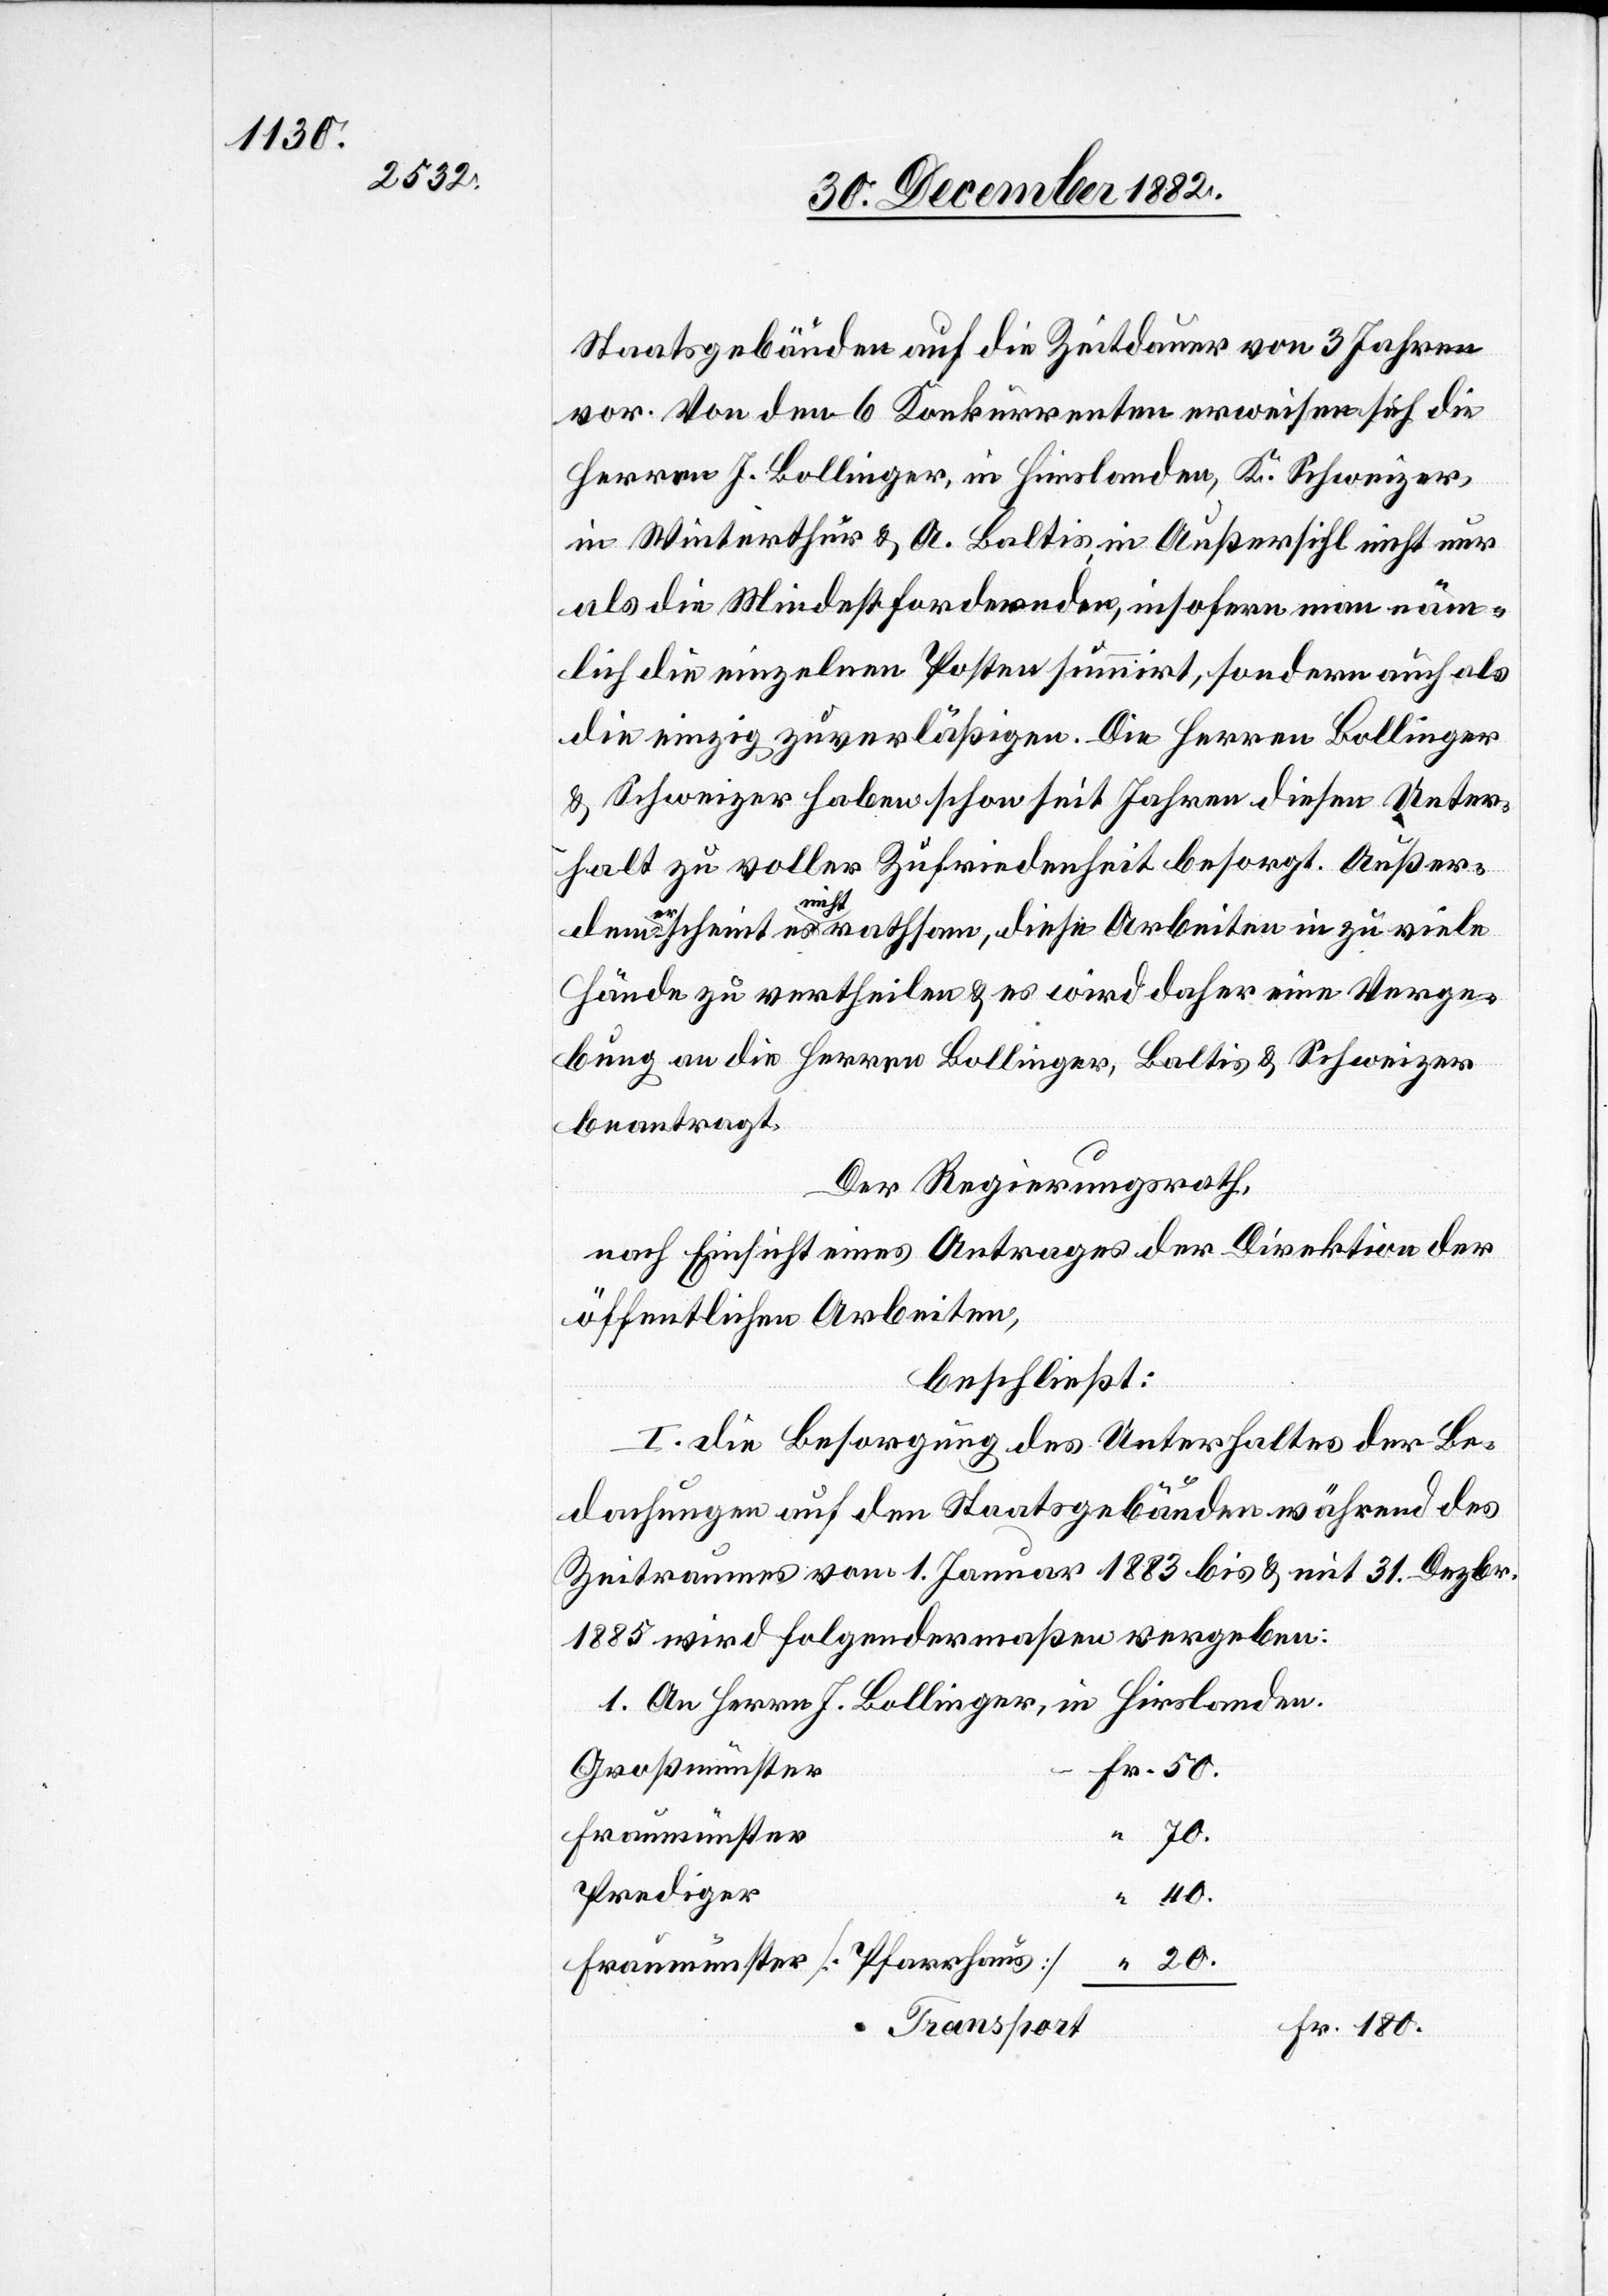
180.

Staatsgebäuden auf die Zeitdauer von 3 Jahren
vor. Von den 6 Konkurrenten erweisen sich die
Herren J. Bollinger, in Hirslanden, K. Schweizer,
in Winterthur & A. Baltis, in Außersihl nicht nur
als die Mindestfordernden, insofern man näm¬
lich die einzelnen Posten summirt, sondern auch als
die einzig zuverläßigen. Die Herren Bollinger
& Schweizer haben schon seit Jahren diesen Unter¬
halt zu voller Zufriedenheit besorgt. Außer¬
erscheint es nicht rathsam, diese Arbeiten in zu viele
Hände zu vertheilen & es wird daher eine Verge¬
bung an die Herren Bollinger, Baltis & Schweizer
beantragt.
Der Regierungsrath,
nach Einsicht eines Antrages der Direktion der
öffentlichen Arbeiten,
beschließt:
dachungen auf den Staatsgebäuden während des
Zeitraumes vom 1. Januar 1883 bis & mit 31. Dezbr.
1885 wird folgendermaßen vergeben:
1. An Herrn J. Bollinger, in Hirslanden.
Fr.
Großmünster
Fraumünster
Prediger
40.
[Pfarrhaus]
Transport